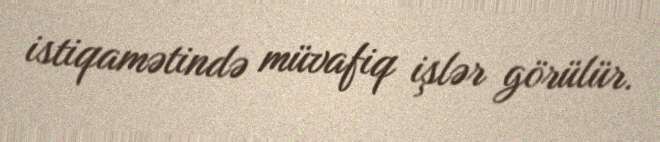
istiqamətində müvafiq işlər görülür.